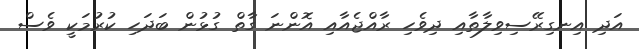
އަދި އިނގިރޭސިވިލާތާއި ދިވެހި ރާއްޖެއާއި އޮންނަ ގާތް ގުޅުން ބަދަހި ކުރުމަކީ ވެސް